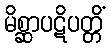
မိစ္ဆာပဋိပတ္တိံ